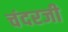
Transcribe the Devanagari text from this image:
चंदरजी